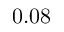
0 . 0 8